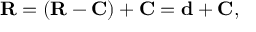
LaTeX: \mathbf { R } = ( \mathbf { R } - \mathbf { C } ) + \mathbf { C } = \mathbf { d } + \mathbf { C } ,